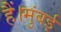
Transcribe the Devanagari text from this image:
हैं।मुंबई